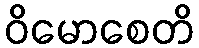
ဝိမောစေတိ